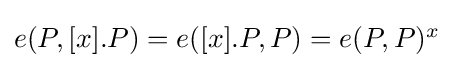
\textstyle e(P,[x].P)=e([x].P,P)=e(P,P)^{x}